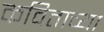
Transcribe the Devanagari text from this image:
कविताच्या